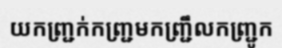
យកញ្ជ្រក់កញ្ជ្រមកញ្ជ្រឹលកញ្ជ្រូក